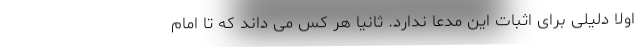
اولا دلیلی برای اثبات این مدعا ندارد. ثانیا هر کس می داند که تا امام